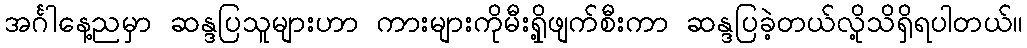
အင်္ဂါနေ့ညမှာ ဆန္ဒပြသူများဟာ ကားများကိုမီးရှို့ဖျက်စီးကာ ဆန္ဒပြခဲ့တယ်လို့သိရှိရပါတယ်။